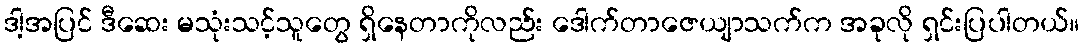
ဒါ့အပြင် ဒီဆေး မသုံးသင့်သူတွေ ရှိနေတာကိုလည်း ဒေါက်တာဇေယျာသက်က အခုလို ရှင်းပြပါတယ်။